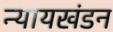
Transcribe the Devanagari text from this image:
न्यायखंडन